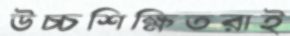
উচ্চশিক্ষিতরাই